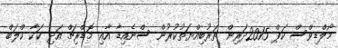
މޯލްޑިވްސް ކަޕް 2015ދަރިން ތަރުބިއްޔަތުކުރުން ސްނެއިޑާ އާއި މޮޑްރިޗް އަދި ކަކާ ކްލަބް